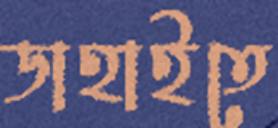
ডাহাইতে